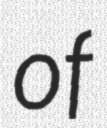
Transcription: of